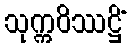
သုက္ကဝိဿဋ္ဌိံ